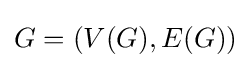
G=(V(G),E(G))